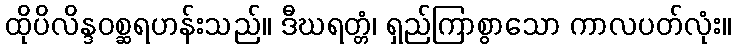
ထိုပိလိန္ဒဝစ္ဆရဟန်းသည်။ ဒီဃရတ္တံ၊ ရှည်ကြာစွာသော ကာလပတ်လုံး။